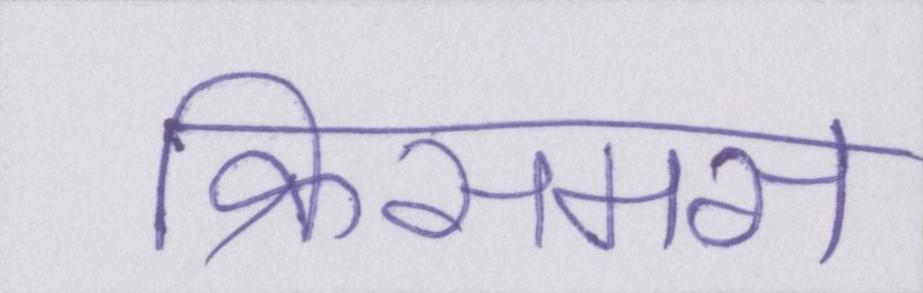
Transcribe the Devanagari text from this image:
क्रिसमस